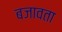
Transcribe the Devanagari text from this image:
बजावता